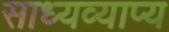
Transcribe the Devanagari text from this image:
साध्यव्याप्य